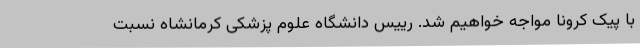
با پیک کرونا مواجه خواهیم شد. رییس دانشگاه علوم پزشکی کرمانشاه نسبت